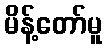
မိန့်တော်မူ